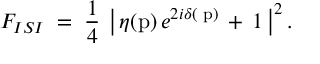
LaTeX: F _ { I S I } \; = \; \frac { 1 } { 4 } \: \left| \, \eta ( \mathrm { p } ) \, e ^ { 2 i \delta ( \mathrm { \scriptsize ~ p } ) } \, + \, 1 \: \right| ^ { 2 } .